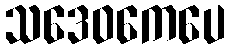
သဒေဝကေပေ